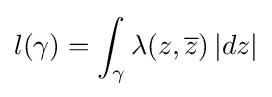
l(\gamma )=\int _{\gamma }\lambda (z,{\overline {z}})\,|dz|